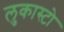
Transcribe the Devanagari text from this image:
लुकास्टो